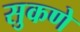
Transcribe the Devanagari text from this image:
सुकणे